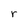
Character: r